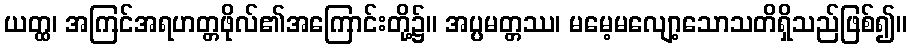
ယတ္ထ၊ အကြင်အရဟတ္တဖိုလ်၏အကြောင်းတို့၌။ အပ္ပမတ္တဿ၊ မမေ့မလျော့သောသတိရှိသည်ဖြစ်၍။